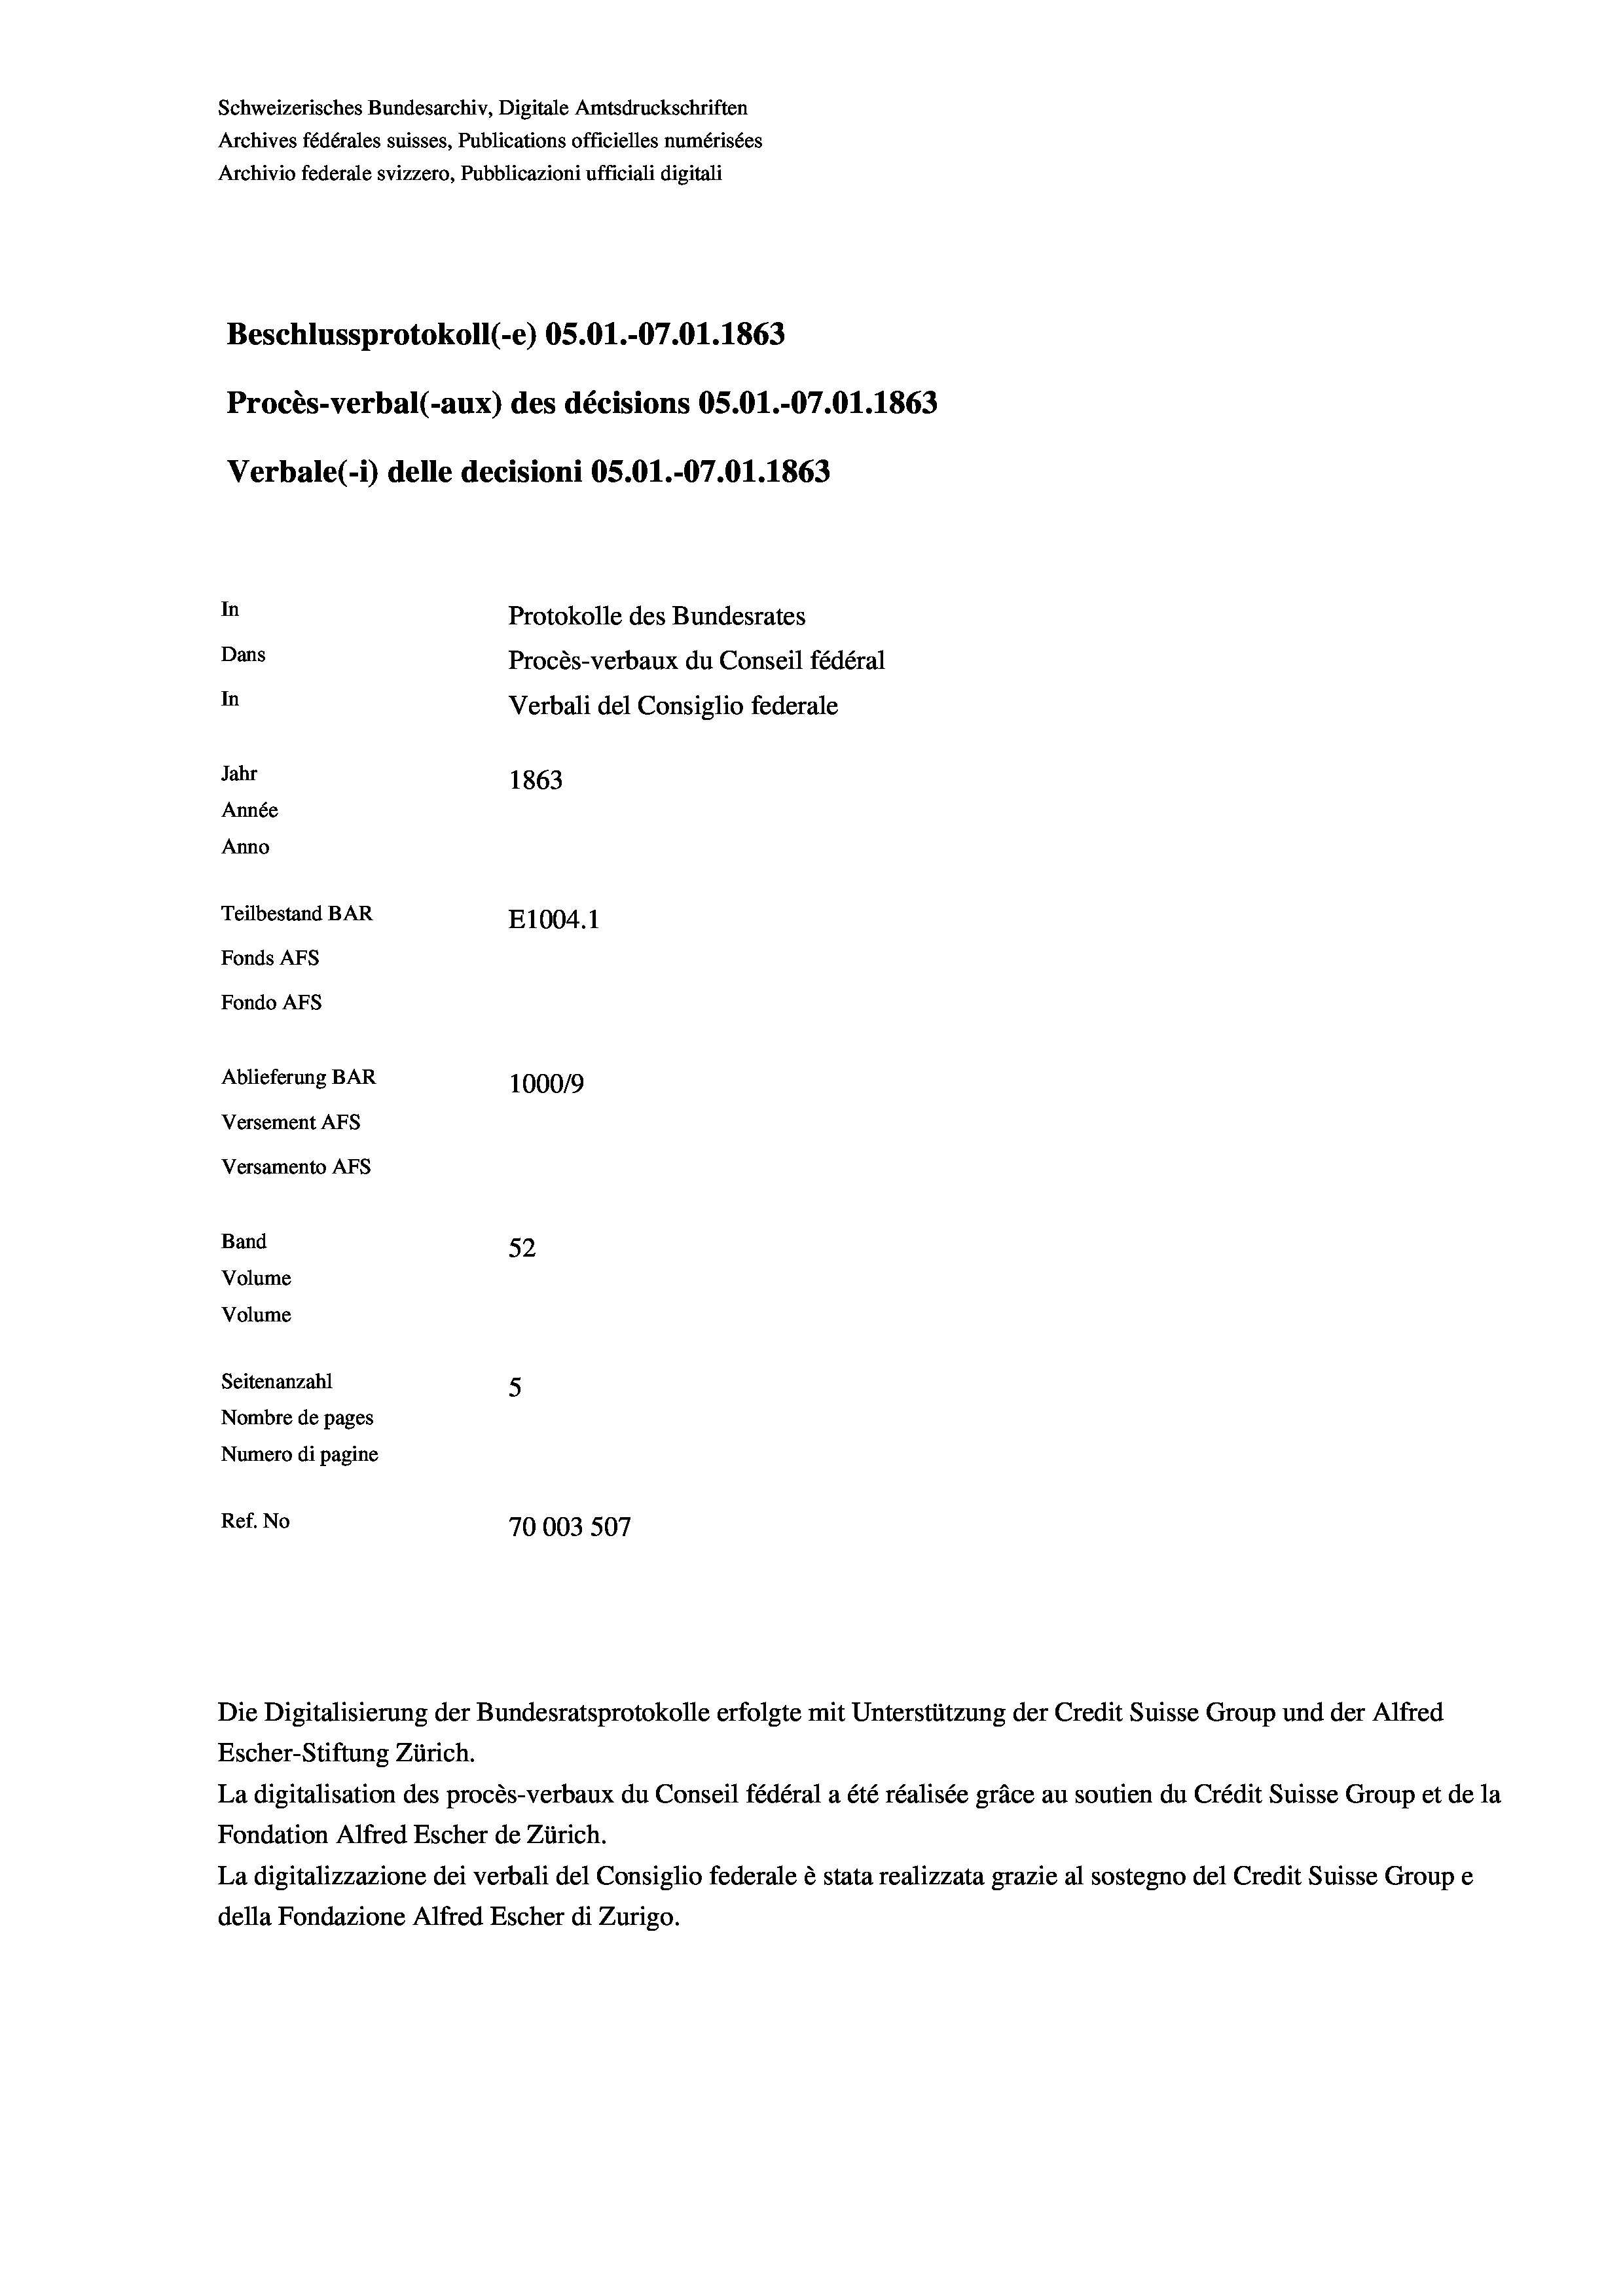
Schweizerisches Bundesarchiv, Digitale Amtsdruckschriften
Archives fédérales suisses, Publications officielles numérisées
Archivio federale svizzero, Pubblicazioni ufficiali digitali
Beschlussprotokoll (-e) OS.01.-07.01. 1863
Procès-verbal (-aux) des décisions OS.O1.-07.01. 1863
Verbale(*) delle decisioni OS.O1.-07.01. 1863
In
Protokolle des Bundesrates
Dans
Procès-verbaux du Conseil fédéral
In
Verbali del Consiglio federale
Jahr
1863
Année
Anno
Teilbestand BAR
E1004. 1
Fonds AFs
Fondo AFS
Ablieferung BAR
100019
Versement AFs
Versamento Afs
Band
52
Volume
Volume
Seitenanzahl
5
Nombre de pages
Numero di pagine
Ref. No
70003 507

Escher-Stiftung Zürich.
La digitalisation des procès-verbaux du Conseil fédéral a été réalisée gräce au soutien du Crédit Suisse Group et de la
Fondation Alfred Escher de Zürich.
La digitalizzazione dei verbali del Consiglio federale è stata realizzata grazie al sostegno del Credit Suisse Groupe
della Fondazione Alfred Escher di Zurigo.

Die Digitalisierung der Bundesratsprotokolle erfolgte mit Unterstützung der Credit Suisse Group und der Alfred